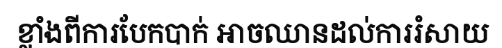
ខ្លាំងពីការបែកបាក់ អាចឈានដល់ការរំសាយ